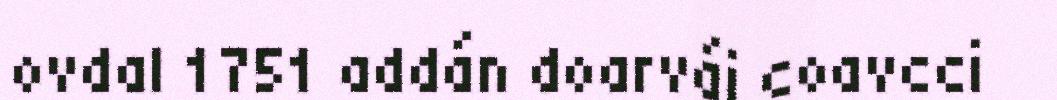
ovdal 1751 addán doarvái coavcci